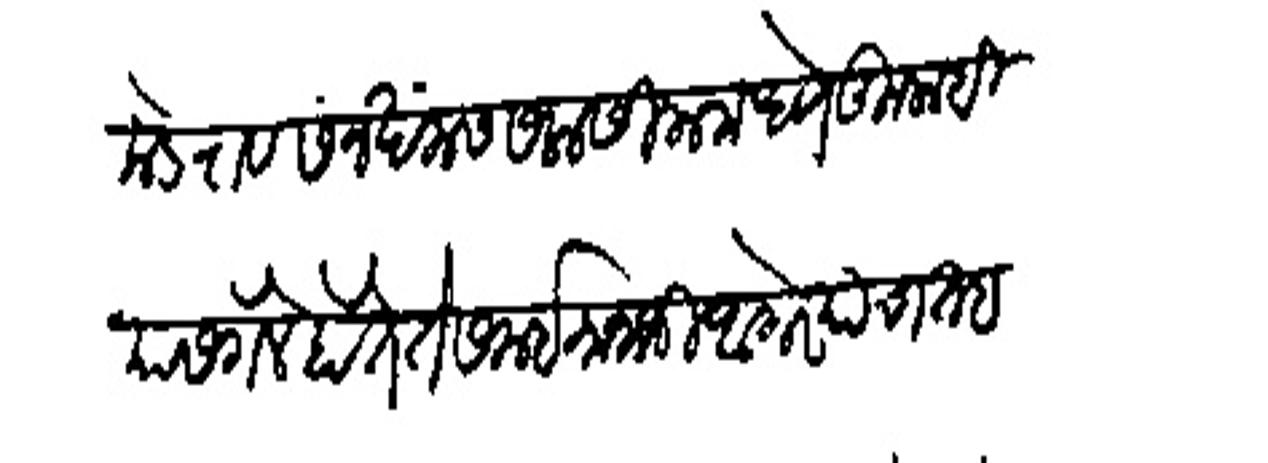
Transliteration (Devanagari): कडे राव संन खंमस सलासीनामध्ये कुलाबियास गेले होते ते समई मानाजी आगरे याचा तह